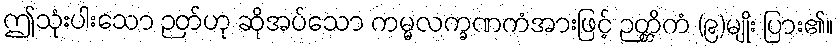
ဤသုံးပါးသော ဉတ်ဟု ဆိုအပ်သော ကမ္မလက္ခဏကံအားဖြင့် ဉတ္တိကံ (၉)မျိုး ပြား၏။